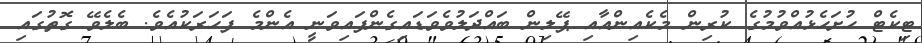
ޓިކެޓް ހުށަހެޅުއްވުމުގެ ކުރިން މެކެއިންއާއި ޕޭލިން ބައްދަލުވެވަޑައިގެންފައިވަނީ އެންމެ ފަހަރަކުއެވެ. ބެލެވޭ ގޮތުގައި